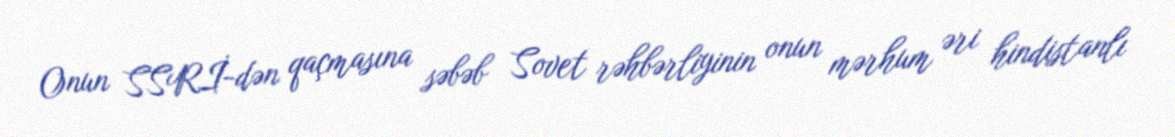
Onun SSRİ-dən qaçmasına səbəb Sovet rəhbərliyinin onun mərhum əri hindistanlı